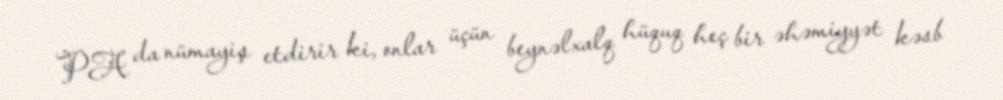
PA da nümayiş etdirir ki, onlar üçün beynəlxalq hüquq heç bir əhəmiyyət kəsb